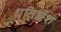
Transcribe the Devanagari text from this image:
धृतिभ्रंश